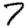
Digit: 7